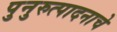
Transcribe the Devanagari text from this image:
पुनुरुत्पादनाचे